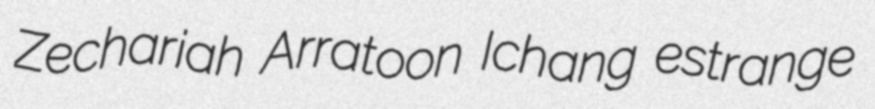
Zechariah Arratoon Ichang estrange